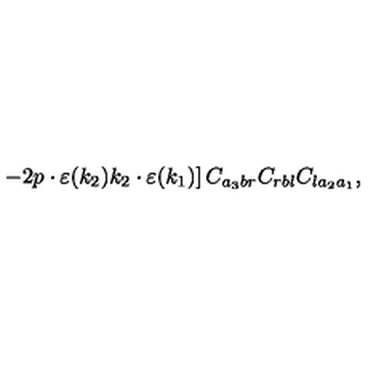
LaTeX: \left. - 2 p \cdot \varepsilon ( k _ { 2 } ) k _ { 2 } \cdot \varepsilon ( k _ { 1 } ) \right] C _ { a _ { 3 } b r } C _ { r b l } C _ { l a _ { 2 } a _ { 1 } } ,